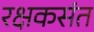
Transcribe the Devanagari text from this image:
रक्षकसंत